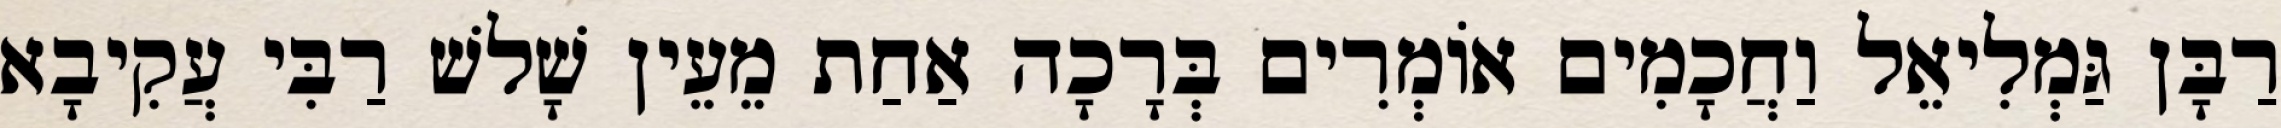
רַבָּן גַּמְלִיאֵל וַחֲכָמִים אוֹמְרִים בְּרָכָה אַחַת מֵעֵין שָׁלשׁ רַבִּי עֲקִיבָא